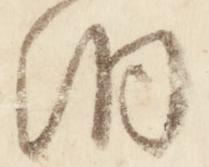
洞